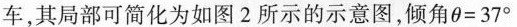
车，其局部可简化为如图2所示的示意图，倾角$$\theta =37^{\circ}$$